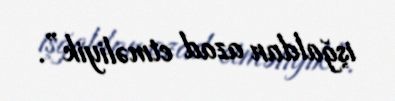
işğaldan azad etməliyik”.